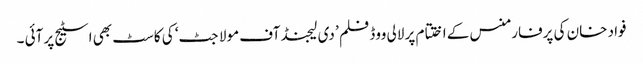
فواد خان کی پرفارمنس کے اختتام پر لالی ووڈ فلم ’ دی لیجنڈ آف مولا جٹ‘ کی کاسٹ بھی اسٹیج پر آئی ۔